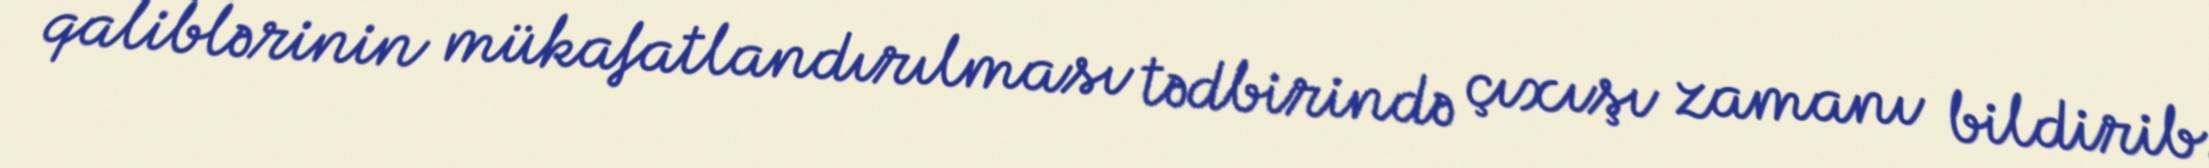
qaliblərinin mükafatlandırılması tədbirində çıxışı zamanı bildirib.